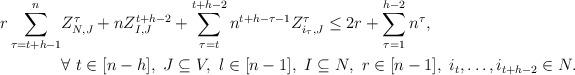
LaTeX: \begin{align*}r\sum_{\tau=t+h-1}^{n}& Z_{N,J}^{\tau}+n Z_{I,J}^{t+h-2}+\sum_{\tau=t}^{t+h-2}n^{t+h-\tau-1} Z_{i_{\tau},J}^{\tau}\leq 2r+\sum_{\tau=1}^{h-2}n^{\tau}, \\ & \forall \ t\in [n-h], \ J\subseteq V, \ l\in[n-1], \ I\subseteq N, \ r\in [n-1], \ i_t,\dotsc,i_{t+h-2}\in N.\end{align*}